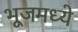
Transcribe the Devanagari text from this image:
भूजमध्ये